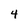
Character: 4